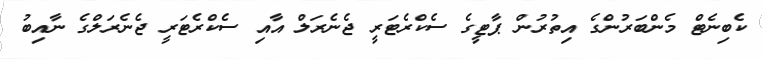
ކެބިނެޓް މެންބަރުންގެ އިތުރުން ޕާޓީގެ ސެކްރެޓަރީ ޖެނެރަލް އާއި ސެކްރެޓަރީ ޖެނެރަލްގެ ނާއިބު